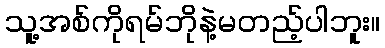
သူ့အစ်ကိုရမ်ဘိုနဲ့မတည့်ပါဘူး။